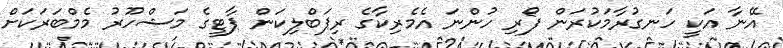
އޭނާ އަކީ ހަނގުރާމަކުރަން ފޯރި ހުންނަ އެމެރިކާގެ ރިޕަބްލިކަން ޕާޓީގެ މަޝްހޫރު މެމްބަރަކަށް